Indian journal of veterinary science and animal husbandry - Volumes 24-25, 1954-1955
Year: 1954
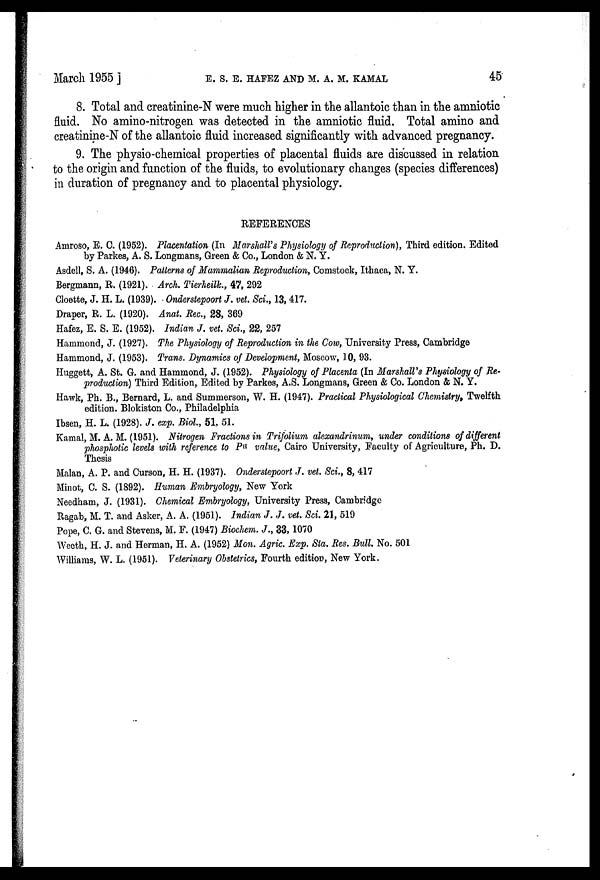
March 1955] E. S. E. HAFEZ AND M. A. M. KAMAL 45
8. Total and creatinine-N were much higher in the allantoic than in the amniotic
fluid. No amino-nitrogen was detected in the amniotic fluid. Total amino and
creatinine-N of the allantoic fluid increased significantly with advanced pregnancy.
9. The physio-chemical properties of placental fluids are discussed in relation
to the origin and function of the fluids, to evolutionary changes (species differences)
in duration of pregnancy and to placental physiology.
REFERENCES
Amroso, E. C. (1952). Placentation (In Marshall's Physiology of Reproduction), Third edition. Edited
by Parkes, A. S. Longmans, Green & Co., London & N. Y.
Asdell, S. A. (1946). Patterns of Mammalian Reproduction, Comstock, Ithaca, N. Y.
Bergmann, R. (1921). Arch. Tierheilk., 47, 292
Cloette, J. H. L. (1939). Onderstepoort J. vet. Sci., 13, 417.
Draper, R. L. (1920). Anat. Rec., 28, 369
Hafez, E. S. E. (1952). Indian J. vet. Sci., 22, 257
Hammond, J. (1927). The Physiology of Reproduction in the Cow, University Press, Cambridge
Hammond, J. (1953). Trans. Dynamics of Development, Moscow, 10, 93.
Huggett, A. St. G. and Hammond, J. (1952). Physiology of Placenta (In Marshall's Physiology of Re-
production) Third Edition, Edited by Parkes, A.S. Longmans, Green & Co. London & N. Y.
Hawk, Ph. B., Bernard, L. and Summerson, W. H. (1947). Practical Physiological Chemistry, Twelfth
edition. Blokiston Co., Philadelphia
Ibsen, H. L. (1928). J. exp. Biol., 51, 51.
Kamal, M. A. M. (1951). Nitrogen Fractions in Trifolium alexandrinum, under conditions of different
phosphotic levels with reference to P H value, Cairo University, Faculty of Agriculture, Ph. D.
Thesis
Malan, A. P. and Curson, H. H. (1937). Onderstepoort J. vet. Sci., 8, 417
Minot, C. S. (1892). Human Embryology, New York
Needham, J. (1931). Chemical Embryology, University Press, Cambridge
Ragab, M. T. and Asker, A. A. (1951). Indian J. J. vet. Sci. 21, 519
Pope, C. G. and Stevens, M. F. (1947) Biochem. J., 33, 1070
Weeth, H. J. and Herman, H. A. (1952) Mon. Agric. Exp. Sta. Res. Bull. No. 501
Williams, W. L. (1951). Veterinary Obstetrics, Fourth edition, New York.